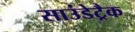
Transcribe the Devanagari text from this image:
साउंडेट्रैक